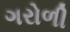
ગરોળી